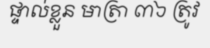
ផ្ទាល់ខ្លួន មាត្រា ៣៦ ត្រូវ